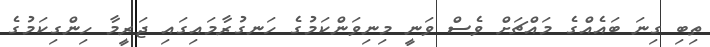
ތިބި ގިނަ ބައެއްގެ މައްޗަށް ވެސް ވަނީ މިނިވަންކަމުގެ ހަނގުރާމައިގައި ޖަރީމާ ހިންގިކަމުގެ